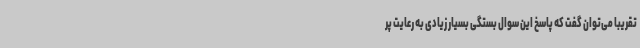
تقریبا می‌توان گفت که پاسخ این سوال بستگی بسیار زیادی به رعایت پر